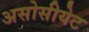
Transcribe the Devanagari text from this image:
असोसीयेट